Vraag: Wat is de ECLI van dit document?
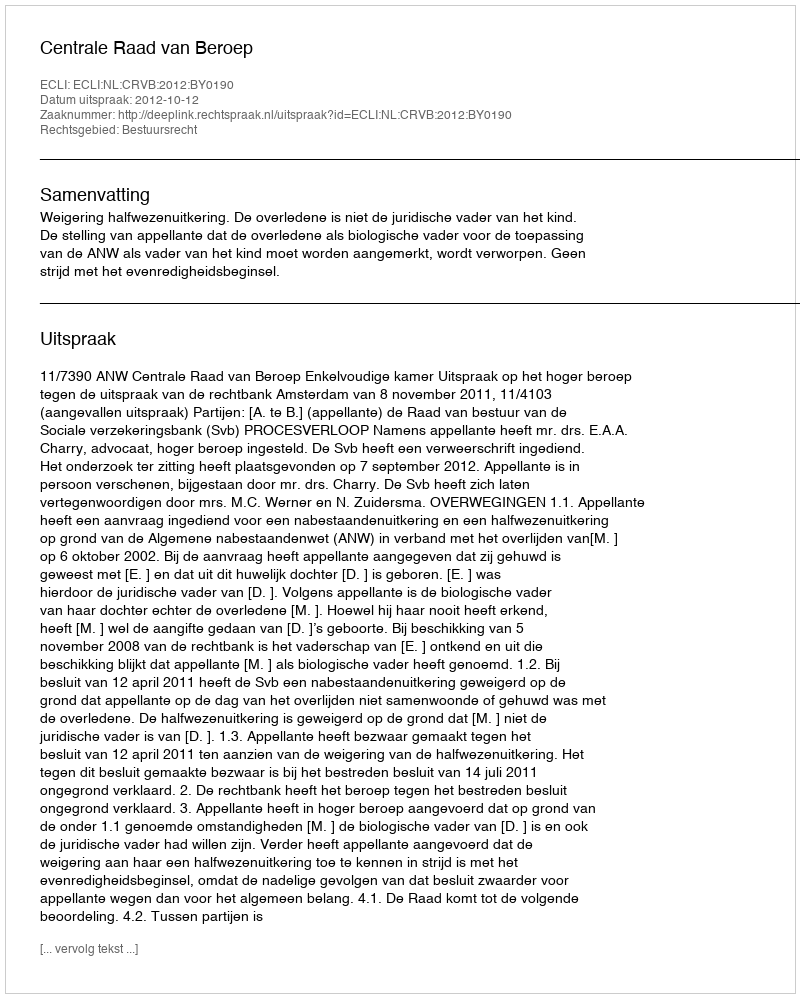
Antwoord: ECLI:NL:CRVB:2012:BY0190